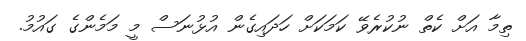
ތިމާ އަށް ކެތް ނުކުރެވޭ ކަމަކަށް ހަދައިގެން އުޅުނަސް މީ މަމެންގެ ގައުމު.